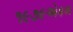
૧૯૭૯એકમ